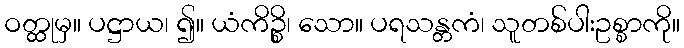
ဝတ္ထုမှ။ ပဋ္ဌာယ၊ ၍။ ယံကိဉ္စိ၊ သော။ ပရသန္တကံ၊ သူတစ်ပါးဥစ္စာကို။